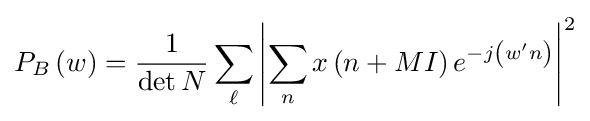
P_{B}\left(w\right)={\frac {1}{\det N}}\sum _{\ell }\left|\sum _{n}x\left(n+MI\right)e^{-j\left(w'n\right)}\right|^{2}